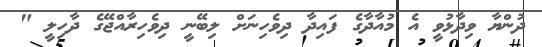
ދުންޔާ ވިދާޅުވީ އެ މުއާދާގެ ފައިދާ ދިވެހިނަށް ލިބޭނީ ދިވެހިރާއްޖޭގެ ދާހިލީ "